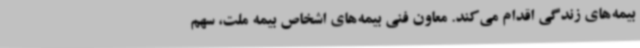
بیمه‌های زندگی اقدام می‌کند. معاون فنی بیمه‌های اشخاص بیمه ملت، سهم